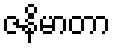
ဇနိမာတာ